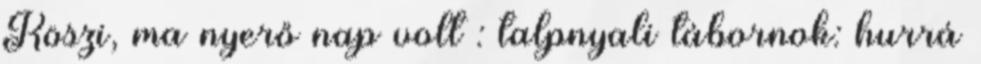
Köszi, ma nyerő nap volt : talpnyali tábornok: hurrá